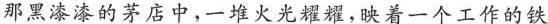
那黑漆漆的茅店中，一堆火光耀耀，映着一个工作的铁